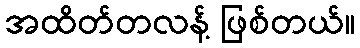
အထိတ်တလန့် ဖြစ်တယ်။